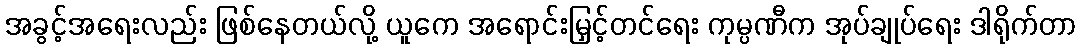
အခွင့်အရေးလည်း ဖြစ်နေတယ်လို့ ယူကေ အရောင်းမြှင့်တင်ရေး ကုမ္ပဏီက အုပ်ချုပ်ရေး ဒါရိုက်တာ